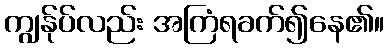
ကျွန်ုပ်လည်း အကြံရခက်၍နေ၏။